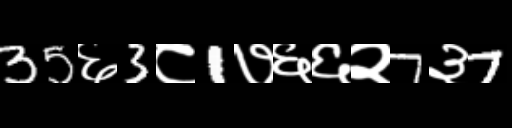
Text: 35६3८1७६६२7३7